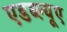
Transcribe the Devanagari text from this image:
एडब्ल्यूए